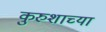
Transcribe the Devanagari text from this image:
कुरुशाच्या